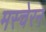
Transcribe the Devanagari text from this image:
मस्चेरन